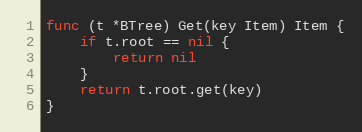
Language: Go
func (t *BTree) Get(key Item) Item {
	if t.root == nil {
		return nil
	}
	return t.root.get(key)
}